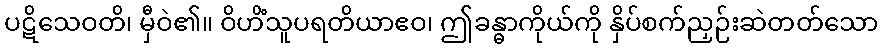
ပဋိသေဝတိ၊ မှီဝဲ၏။ ဝိဟိံသူပရတိယာဧဝ၊ ဤခန္ဓာကိုယ်ကို နှိပ်စက်ညှဉ်းဆဲတတ်သော